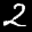
Label: 2